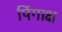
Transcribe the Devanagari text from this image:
पिंगाक्ष